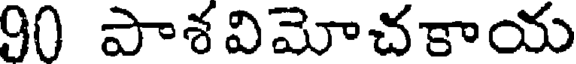
90 పాశవిమోచకాయ